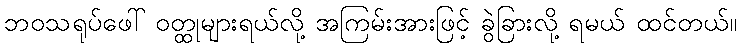
ဘဝသရုပ်ဖေါ် ဝတ္ထုများရယ်လို့ အကြမ်းအားဖြင့် ခွဲခြားလို့ ရမယ် ထင်တယ်။